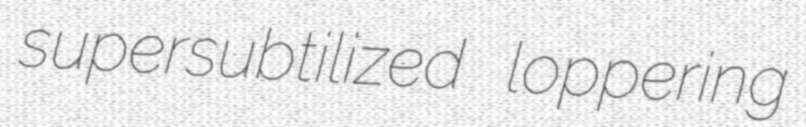
supersubtilized loppering